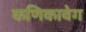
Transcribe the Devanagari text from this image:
कणिकावेग